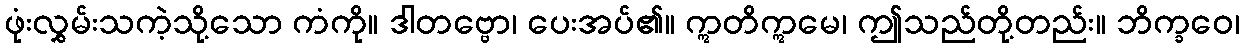
ဖုံးလွှမ်းသကဲ့သို့သော ကံကို။ ဒါတဗ္ဗော၊ ပေးအပ်၏။ ဣတိဣမေ၊ ဤသည်တို့တည်း။ ဘိက္ခဝေ၊